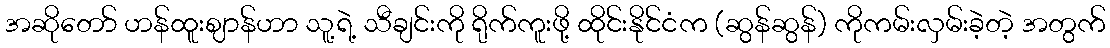
အဆိုတော် ဟန်ထူးဈာန်ဟာ သူ့ရဲ့ သီချင်းကို ရိုက်ကူးဖို့ ထိုင်းနိုင်ငံက (ဆွန်ဆွန်) ကိုကမ်းလှမ်းခဲ့တဲ့ အတွက်